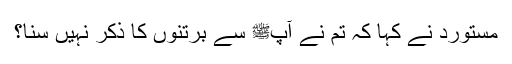
مستورد نے کہا کہ تم نے آپﷺ سے برتنوں کا ذکر نہیں سنا؟